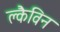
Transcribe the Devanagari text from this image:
क्लैविन